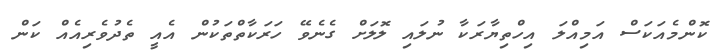
ކޮންމެއަކަސް އަމިއްލަ އިހްތިޔާރަކާ ނުލައި ލޮލަށް ގެނެވޭ ހަރަކާތްތަކުން އެއީ ތެދުވެރިއެއް ކަން